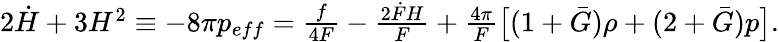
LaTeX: \begin{array}{r}{2\dot{H}+3H^{2}\equiv-8\pi p_{eff}=\frac{f}{4F}-\frac{2\dot{F}H}{F}+\frac{4\pi}{F}\big[(1+\bar{G})\rho+(2+\bar{G})p\big].}\end{array}